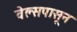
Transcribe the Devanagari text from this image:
वेल्सपासून